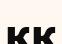
ққ